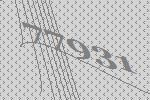
77931